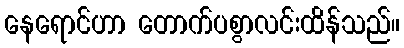
နေရောင်ဟာ တောက်ပစွာလင်းထိန်သည်။